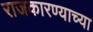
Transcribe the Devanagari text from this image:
राजकारण्याच्या